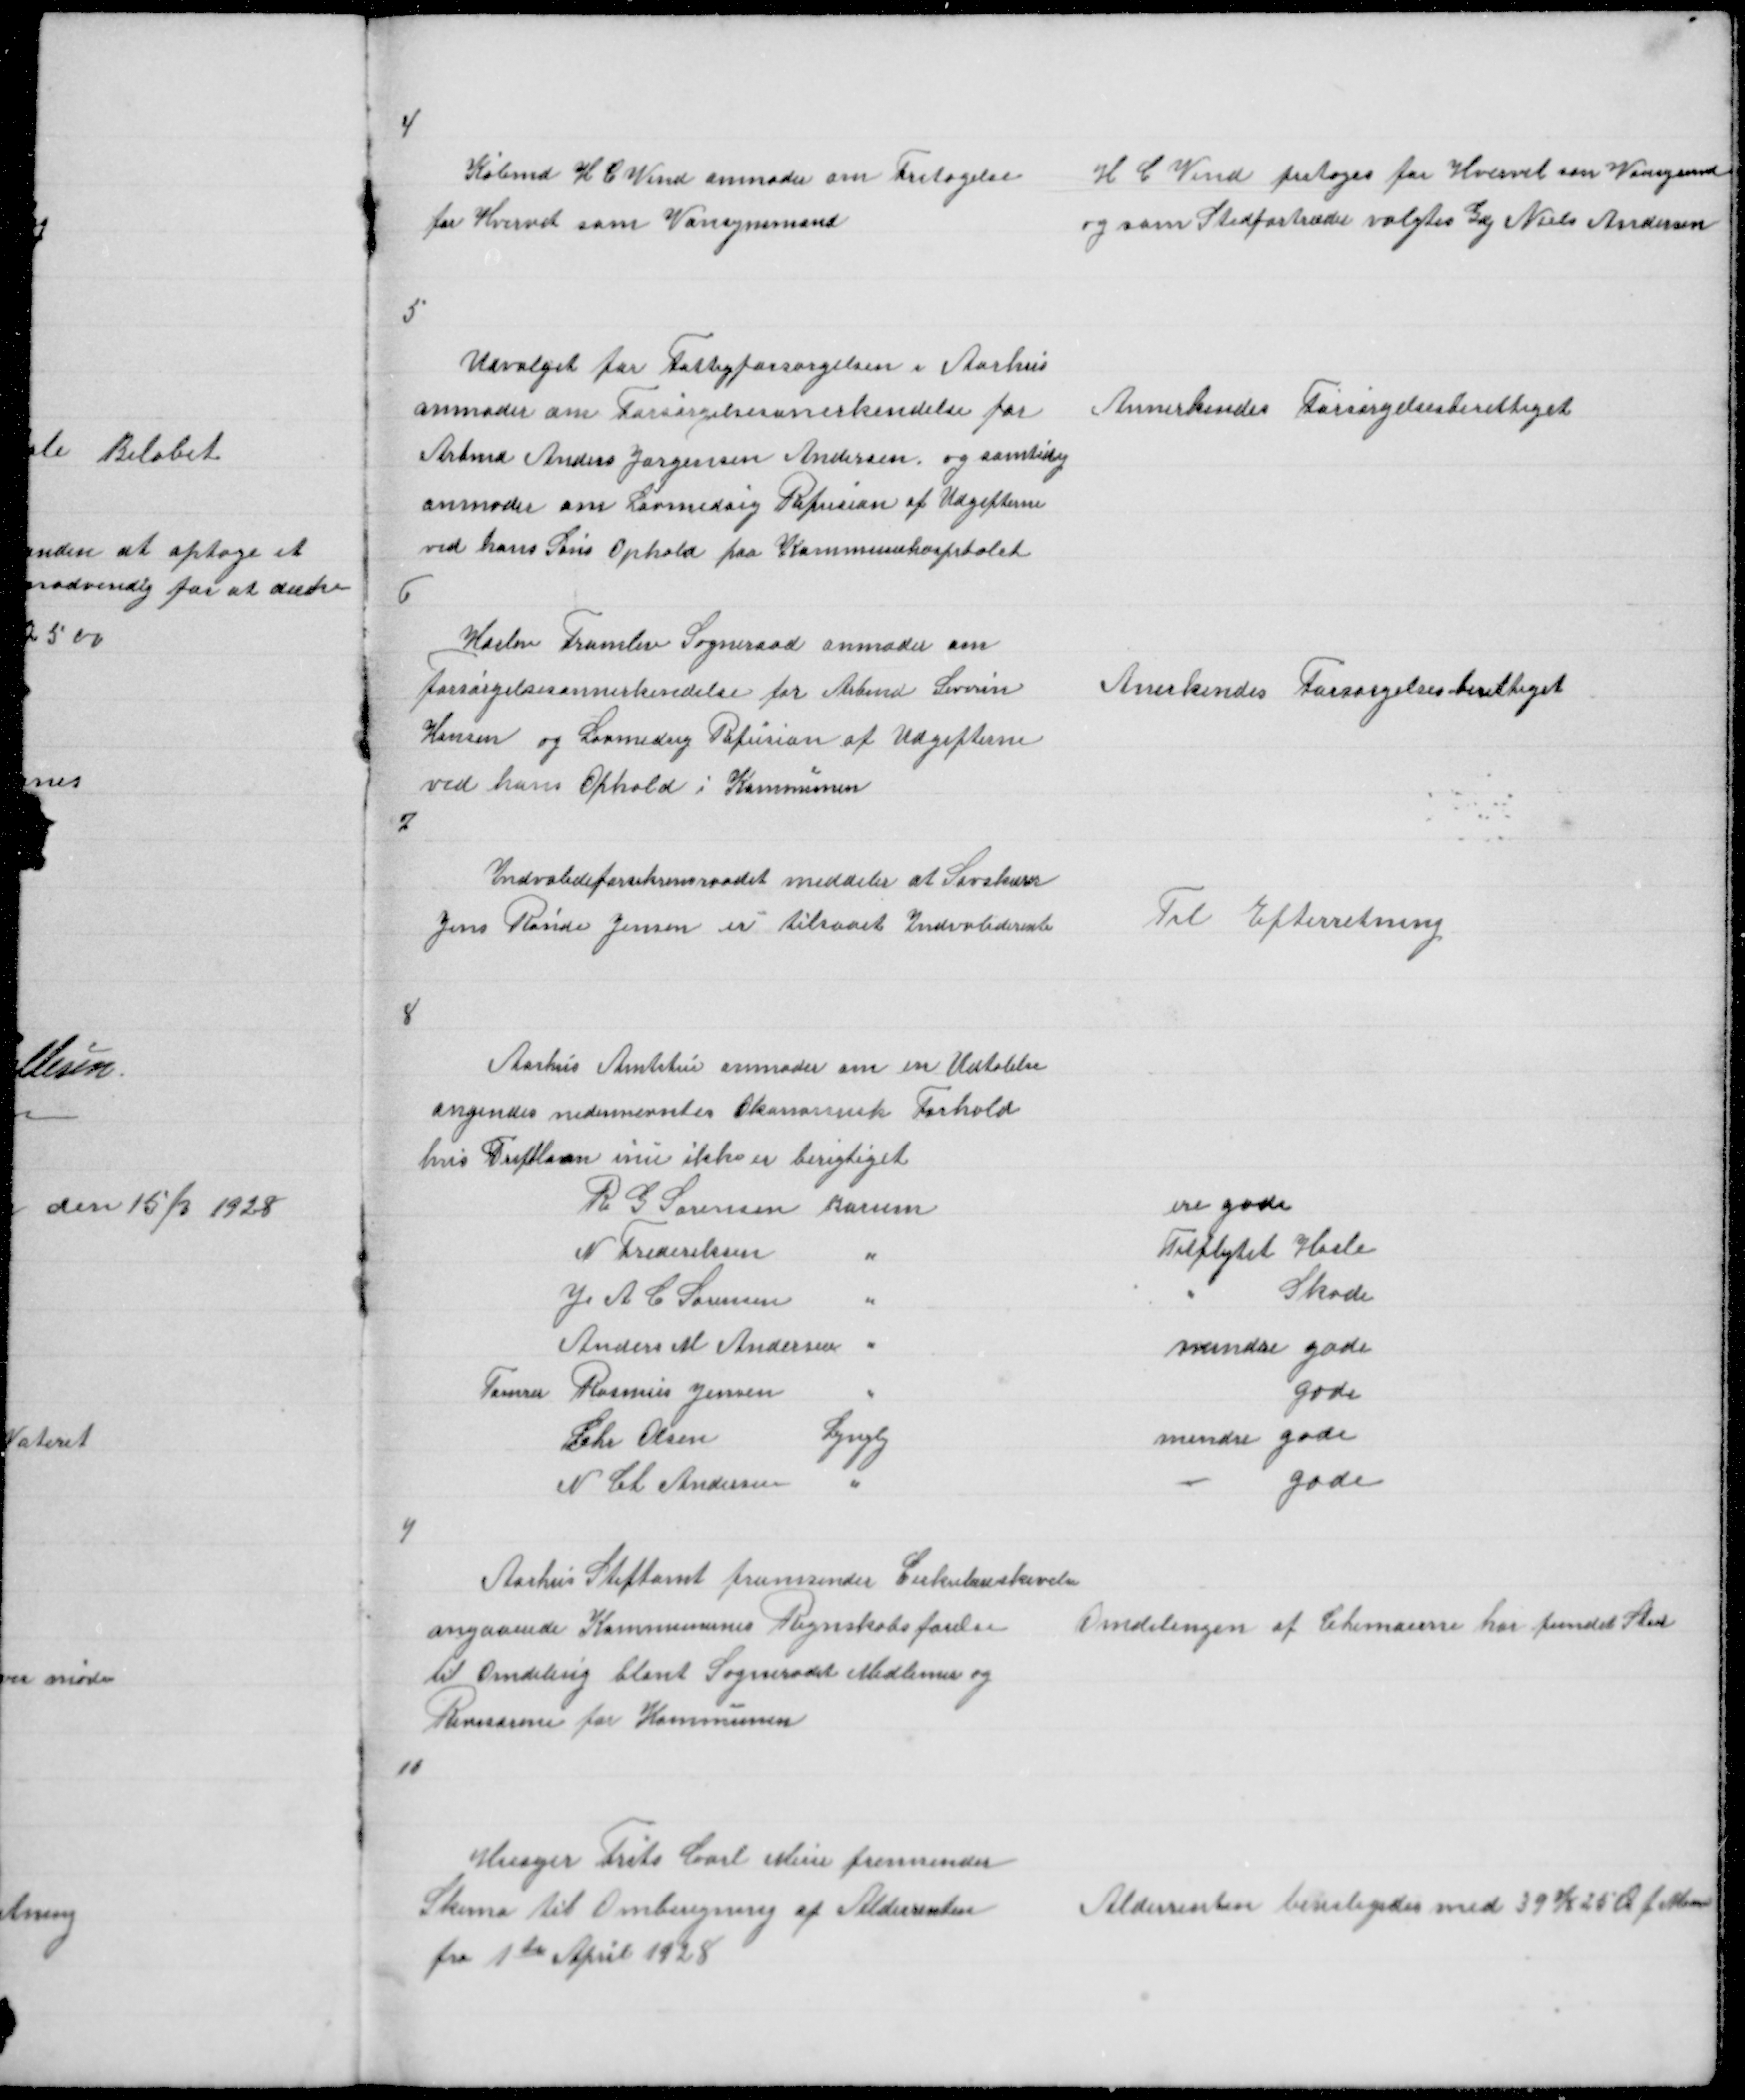
Transskription:
4

Købmd H C Vind anmoder om Fritagelse
for Hvervet som Vansynsmand

H C Vind fritages for Hvervet som Vansynsmand
og som Stedfotræder valgtes Gdj Niels Andersen

5

Udvalget for Fattigforsørgelsen i Aarhus
anmoder om Forsørgelsesanerkendelse for
Arbmd Anders Jørgensen Andersen, og samtidig
anmodes om Lovmedsig Refusion af Udgifterne
ved hans Søns Ophold paa Kommunehospitalet

Annerkendes Forsørgelsesberettiget

6

Harlev Framlev Sogneraad anmoder om
Forsørgelsesannerkendelse for Arbmd Severin
Hansen og Lovmedsig Refusion af Udgifterne
ved hans Ophold i Kommunen

Anerkendes Forsørgelsesberettiget

7

Indvalideforsikrinsraadet meddeler at Savskærer
Jens Rønde Jensen er tilstaaet Indvaliderente

Til Efterretning

8

Aarhus Amtstue anmoder om en Udtalelse
angendes nedennevntes Økonomiske Forhold
hvis Driftlaan inu ikke er berigtiget
R G Sørensen Borum
N Frederiksen
"
J A C Sørensen
"
Anders M Andersen "
Tømrer Rasmus Jensen
"
Chr Olsen
Lyngby
N Ch Andersen
"

ere gode
Tilflytet Hasle
"
Skode
mindre gode
gode
mindre gode
-
gode

9

Aarhus Stiftamt fremsender Cirkulæreskrivelse
angaaendes Kommunens Regnskabsførelse
til Omdeling blant Sogneraadet Medlemer og
Revisorerne for Kommunen

Omdelingen af Chemaerne har fundet Sted

10

Husejer Frits Carl Meier fremsender
Skema til Omberegning af Aldersrenten
fra 1te April 1928

Aldersrenten beviligedes med 39 K 25 Ø p Maane